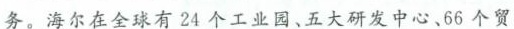
务。海尔在全球有24个工业园、五大研发中心、66个贸